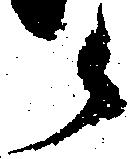
候